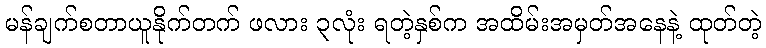
မန်ချက်စတာယူနိုက်တက် ဖလား ၃လုံး ရတဲ့နှစ်က အထိမ်းအမှတ်အနေနဲ့ ထုတ်တဲ့